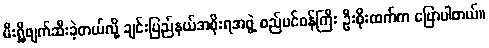
မီးရှို့ဖျက်ဆီးခဲ့တယ်လို့ ချင်းပြည်နယ်အစိုးရအဖွဲ့ စည်ပင်ဝန်ကြီး ဦးစိုးထက်က ပြောပါတယ်။